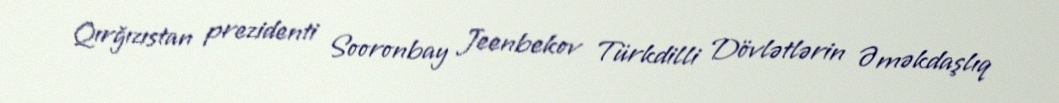
Qırğızıstan prezidenti Sooronbay Jeenbekov Türkdilli Dövlətlərin Əməkdaşlıq